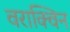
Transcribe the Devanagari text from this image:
वराक्विन